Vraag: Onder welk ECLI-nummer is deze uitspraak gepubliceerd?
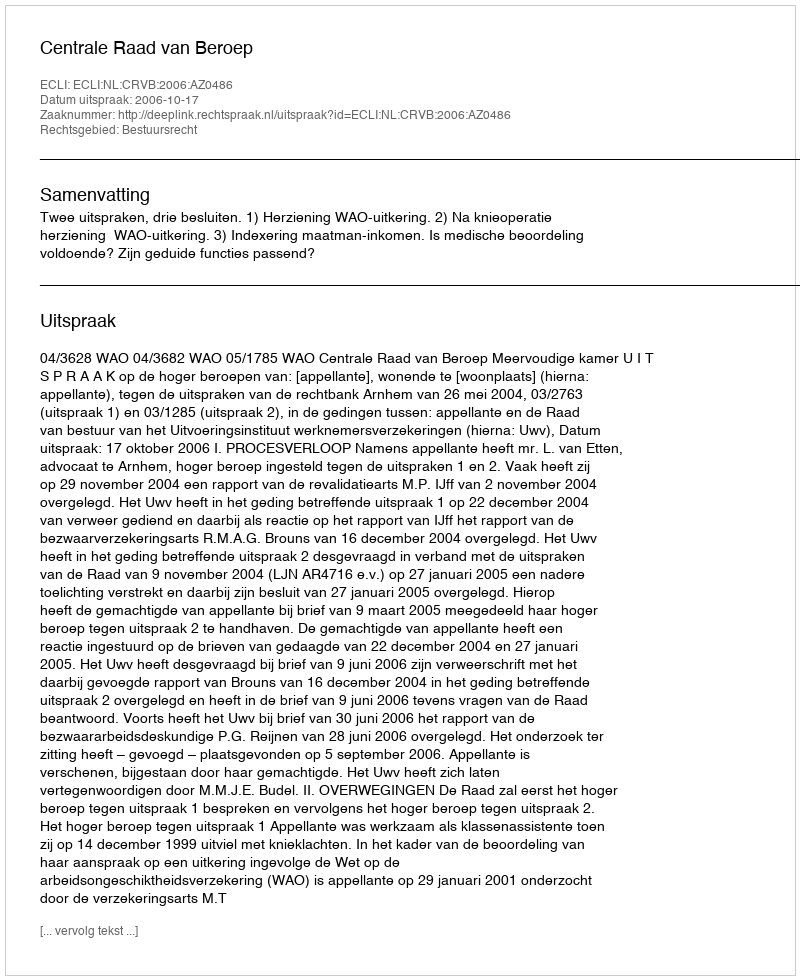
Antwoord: ECLI:NL:CRVB:2006:AZ0486